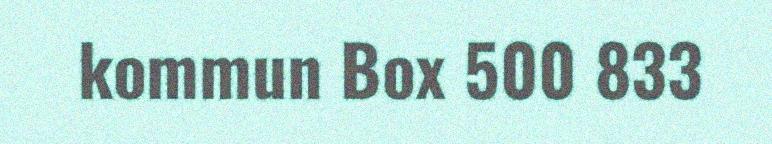
kommun Box 500 833